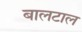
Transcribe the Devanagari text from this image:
बालटाल